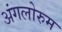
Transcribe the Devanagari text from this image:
अंगलोरुम